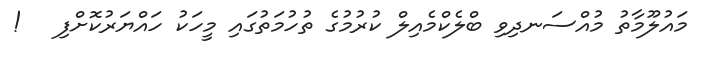
މައުލޫމާތު މުއްސަނދިވި ބްލެކްމެއިލް ކުރުމުގެ ތުހުމަތުގައި މީހަކު ހައްޔަރުކޮށްފި   !